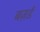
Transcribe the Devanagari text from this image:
बज़र्ड